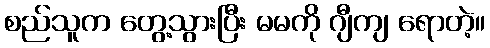
စည်သူက တွေ့သွားပြီး မမကို ဂျီကျ ရောတဲ့။